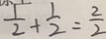
\frac { 1 } { 2 } + \frac { 1 } { 2 } = \frac { 2 } { 2 }